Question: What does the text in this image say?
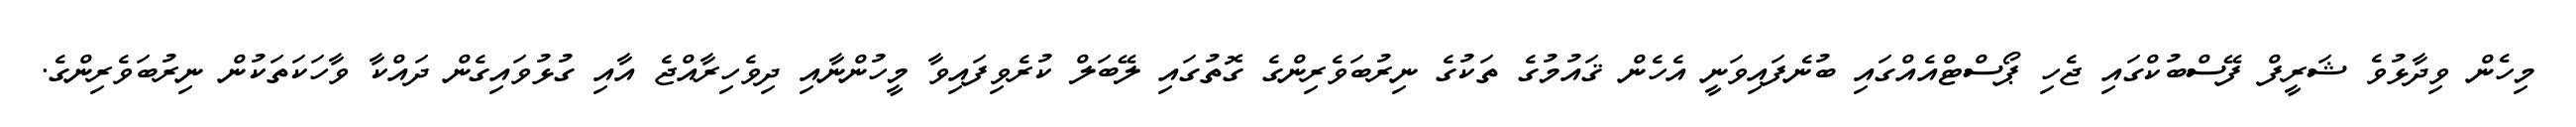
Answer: މިހެން ވިދާޅުވެ ޝަރީފް ފޭސްބުކްގައި ޖެހި ޕޯސްޓްއެއްގައި ބުނެފައިވަނީ އެހެން ޤައުމުގެ ތަކުގެ ނިރުބަވެރިންގެ ގޮތުގައި ލޭބަލް ކުރެވިފައިވާ މީހުންނާއި ދިވެހިރާއްޖެ އާއި ގުޅުވައިގެން ދައްކާ ވާހަކަތަކުން ނިރުބަވެރިންގެ.